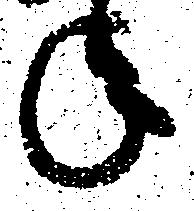
年